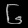
Digit: ၆